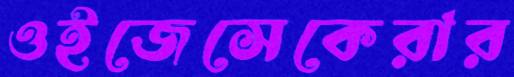
ওইজেসেকেরার